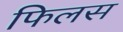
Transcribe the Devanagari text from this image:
फिलस